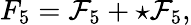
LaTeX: F_{5}={\cal F}_{5}+\star{\cal F}_{5},